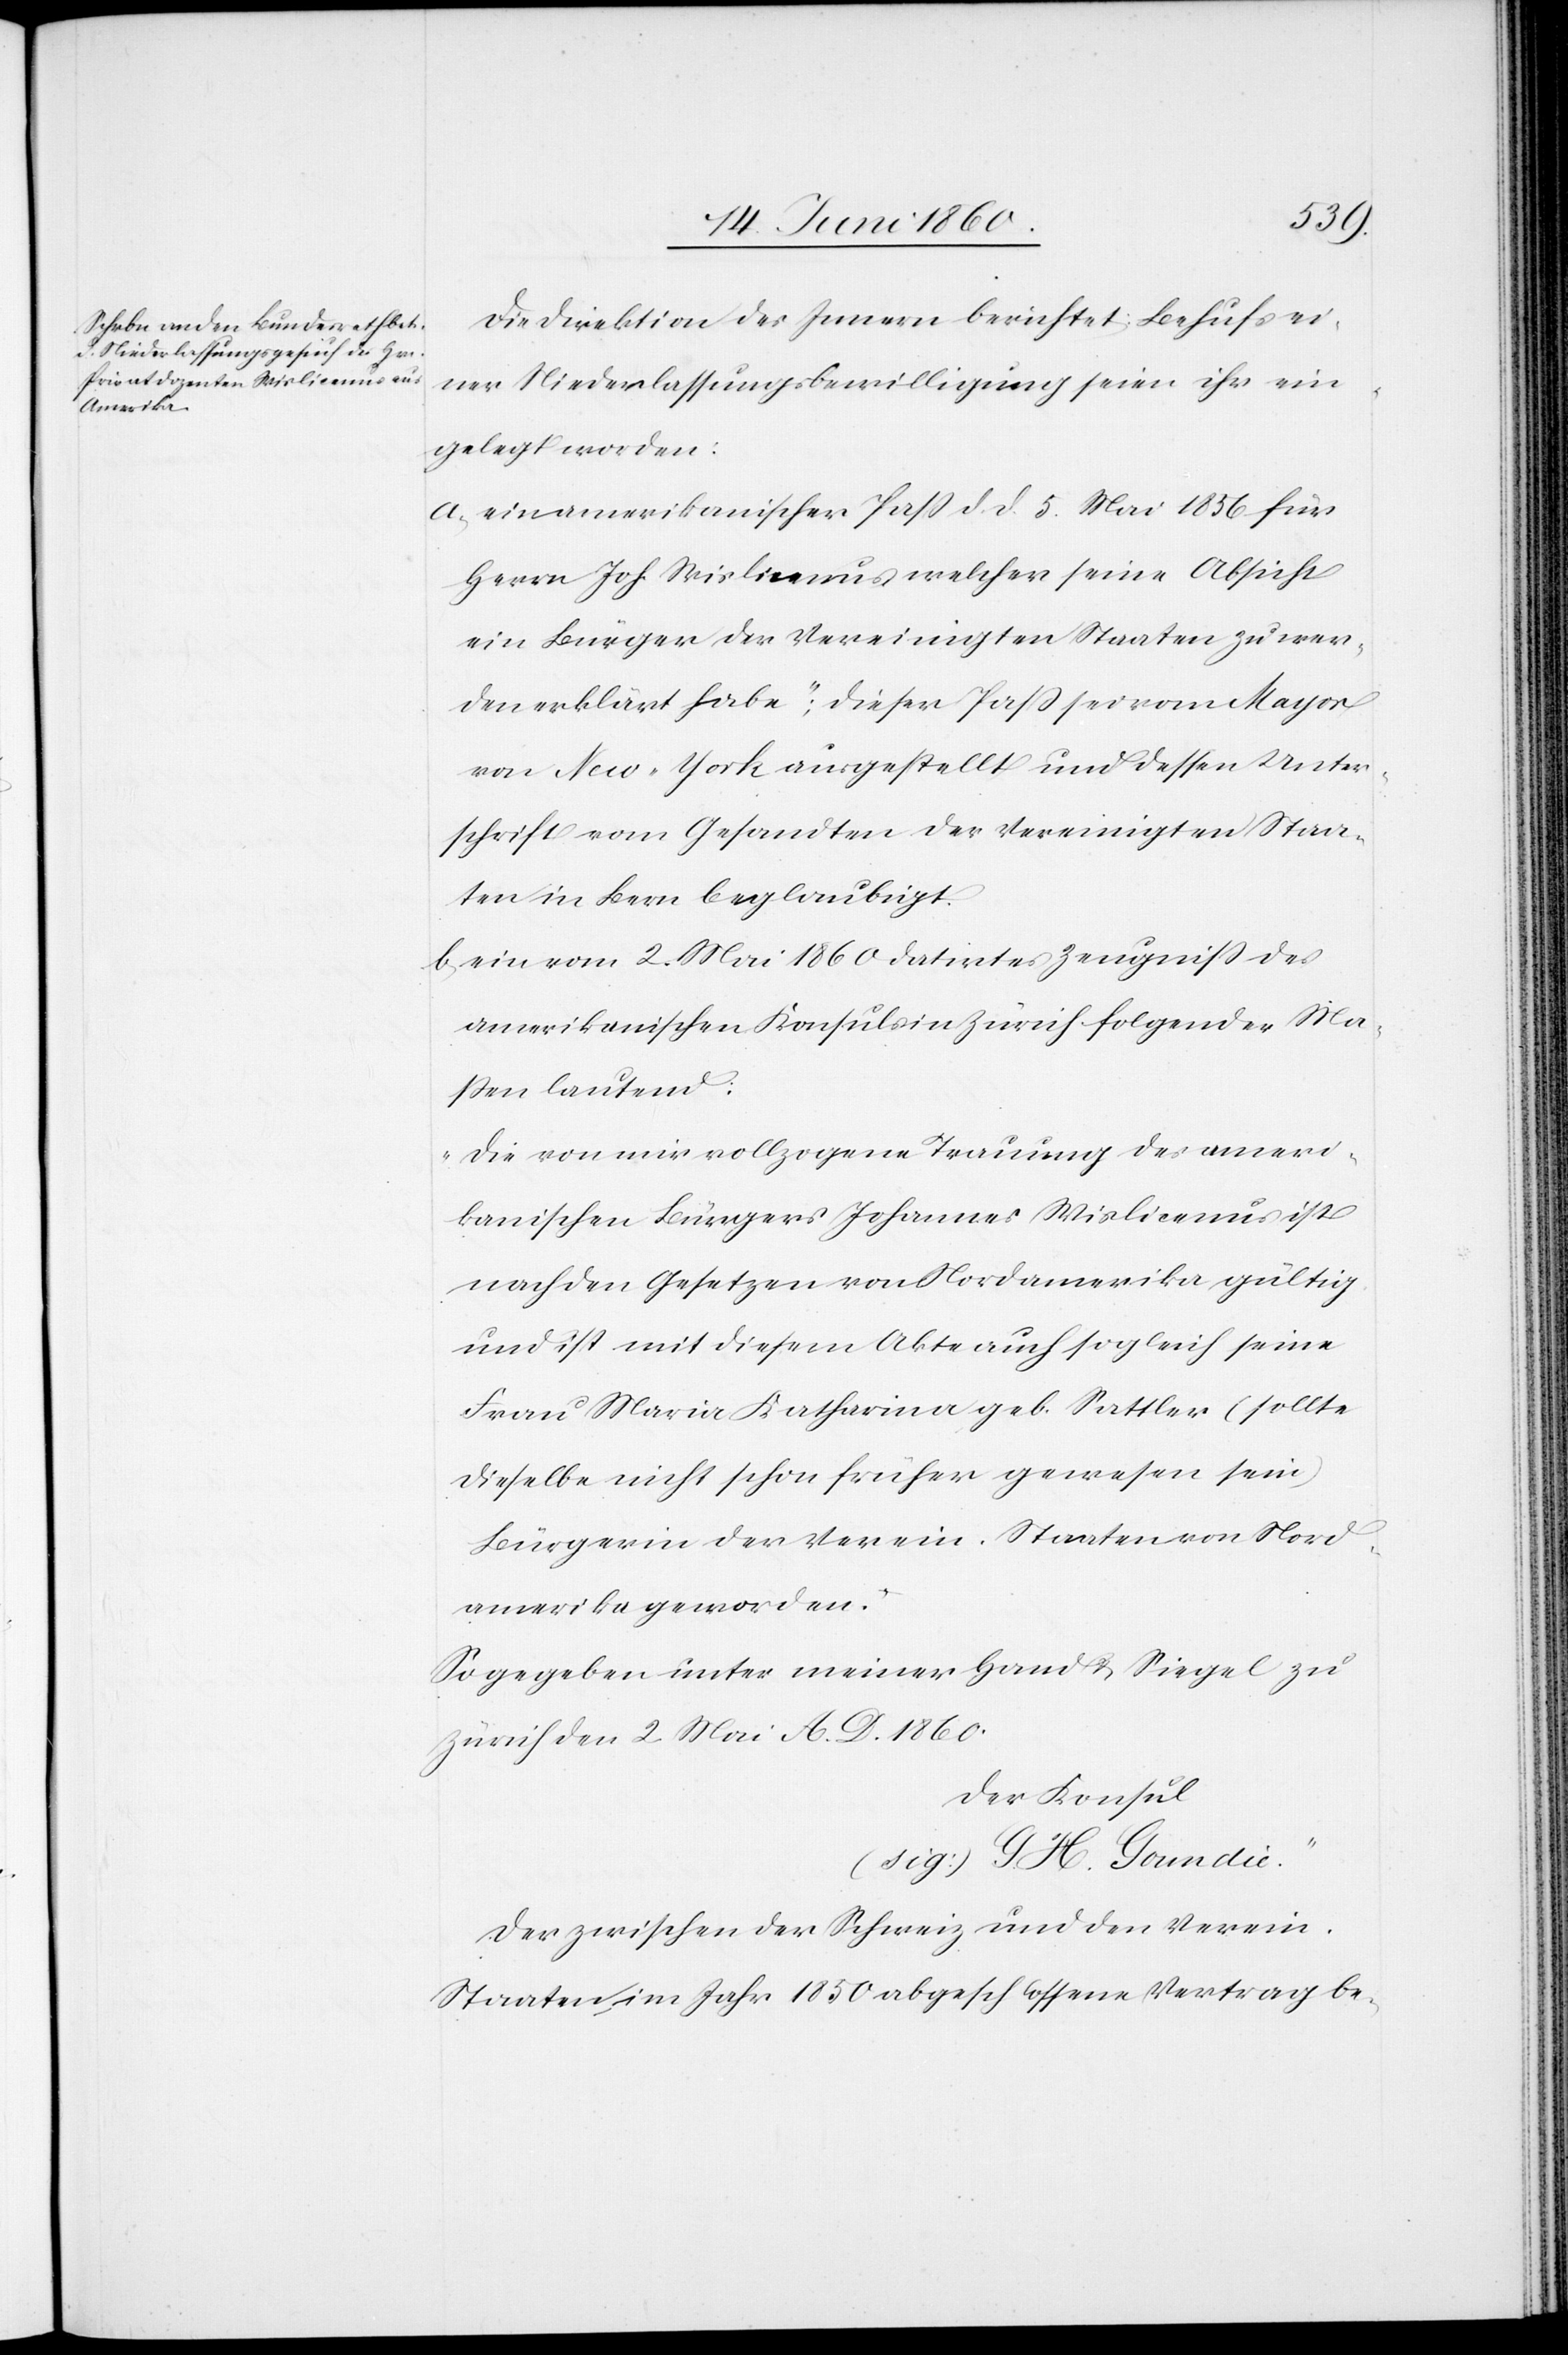
Die Direktion des Innern berichtet: Behufs ei¬
ner Niederlassungsbewilligung seien ihr ein¬
gelegt worden:
a. ein amerikanischer Pass d. d. 5. Mai 1856 für
Herrn Joh. Wislicemus welcher seine Absicht
ein Bürger der Vereinigten Staaten zu wer¬
den erklärt habe“ [sic!]; Dieser Pass sei vom Mayor
von New-York ausgestellt und dessen Unter¬
schrift vom Gesandten der Vereinigten Staa¬
ten in Bern beglaubigt.
b. ein vom 2. Mai 1860 datirtes Zeugniss des
amerikanischen Konsuls in Zürich folgender Ma¬
ssen lautend:
„Die von mir vollzogene Trauung des ameri¬
kanischen Bürgers Johannes Wislicemus ist
nach den Gesetzen von Nordamerika gültig
und ist mit diesem Akte auch sogleich seine
Frau Maria Katharina geb. Sattler (sollte
dieselbe nicht schon früher gewesen sein)
Bürgerin der Verein. Staaten von Nord¬
amerika geworden.
So gegeben unter meiner Hand u. Siegel zu
Zürich den 2. Mai A. D. 1860.
Der Konsul
(sig.) G. H. Goundie.“
Der zwischen der Schweiz und den Verein.
Staaten im Jahr 1850 abgeschlossene Vertrag be-